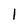
Character: 1